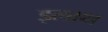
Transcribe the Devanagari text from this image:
इलाथ